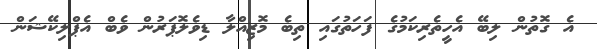
އެ ގޮތުން ލިބޭ އެހީތެރިކަމުގެ ފަހަތުގައި ތިބެ މޮޒިއްލާ ޑިވެލޮޕަރުން ވެބް އެޕްލިކޭޝަން